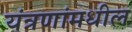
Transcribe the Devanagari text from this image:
यंत्रणांमधील